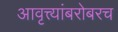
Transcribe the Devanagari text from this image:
आवृत्त्यांबरोबरच